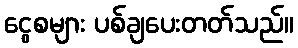
ငွေစများ ပစ်ချပေးတတ်သည်။